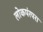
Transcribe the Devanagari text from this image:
लोकपंरपरा